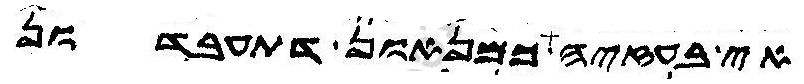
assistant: אי בעזיה כמניאנון דתעבדון